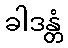
ခါဒန္တံ